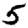
Digit: 5